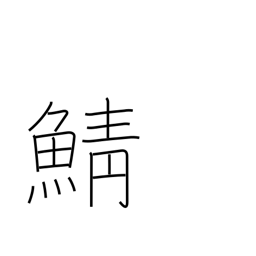
Meaning: mackerel